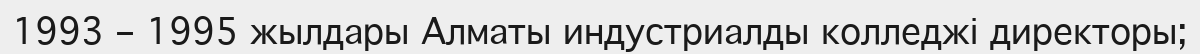
1993 – 1995 жылдары Алматы индустриалды колледжі директоры;